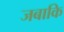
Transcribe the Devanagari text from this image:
जबाकि